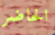
الحاضر